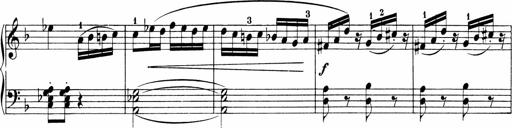
Title: Sonatinen Op.47, 98 und 136, nebst 6 Liedersonatinen
Composer: Carl Reinecke